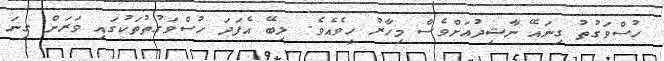
ހުސްވަގުތު ގިނައޭ ނާޝިދުއަށްވެސް މިހާރު ހީވެއެވެ. ލިބޭ އެފަދަ ހުސްވަގުތުތަކުގައި ވަރަށް ގިނަ